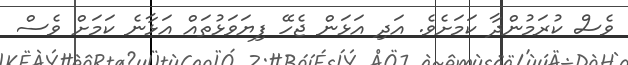
ވެސް ކުރަމުންދާ ކަމަށެވެ. އަދި އަޅަން ޖެހޭ ފިޔަވަޅުތައް އަޅާނެ ކަމަށް ވެސް